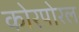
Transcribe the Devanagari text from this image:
कोरपोरल